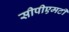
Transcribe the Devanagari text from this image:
सीपीएमटी